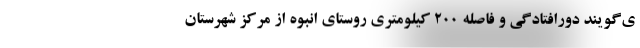
ی‌گویند دورافتادگی و فاصله ۲۰۰ کیلومتری روستای انبوه از مرکز شهرستان